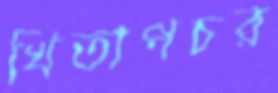
খিতাপচর